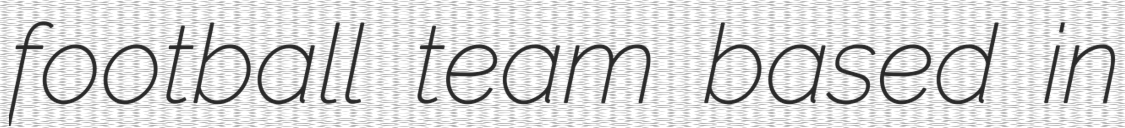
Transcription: football team based in